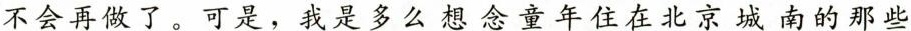
不会再做了。可是，我是多么想念童年住在北京城南的那些